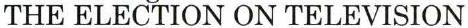
THE ELECTION ON TELEVISION